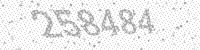
Solution: 258484